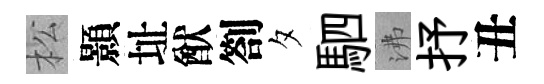
松顥址猷劄夕駟沸抒丑